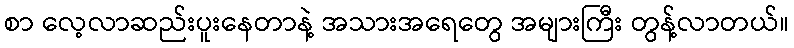
စာ လေ့လာဆည်းပူးနေတာနဲ့ အသားအရေတွေ အများကြီး တွန့်လာတယ်။